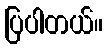
ပြပါတယ်။